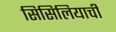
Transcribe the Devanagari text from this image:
सिसिलियाची